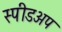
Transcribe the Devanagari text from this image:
स्पीडअप